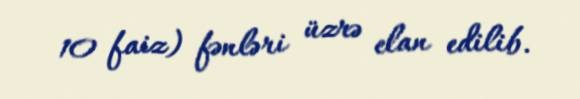
10 faiz) fənləri üzrə elan edilib.